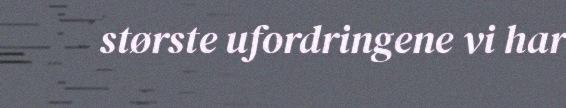
største ufordringene vi har